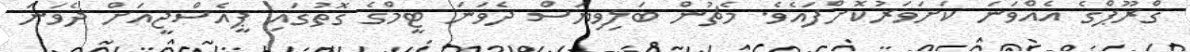
ގްރޫޕްގެ އެއްވަނަ ކަށަވަރުކޮށްފައެވެ. މެޗުން ބަލިވިޔަސް ދެވަނަ ޓީމްގެ ގޮތުގައި ޕީއެސްޖީއަށް ދެވަނަ